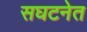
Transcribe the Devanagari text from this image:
सघटनेत